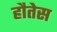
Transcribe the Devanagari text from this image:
हौतेस